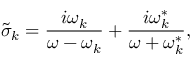
\tilde { \sigma } _ { k } = \frac { i \omega _ { k } } { \omega - \omega _ { k } } + \frac { i \omega _ { k } ^ { * } } { \omega + \omega _ { k } ^ { * } } ,